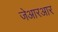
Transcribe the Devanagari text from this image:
जेआरआर